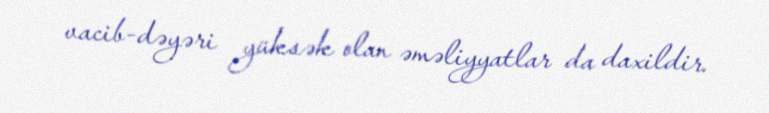
vacib-dəyəri yüksək olan əməliyyatlar da daxildir.